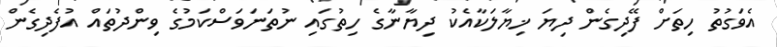
އެވަގުތު ހިތަށް ފޭދިގެން ދިޔަ ޚިޔާލަކާއެކު ދިޔާނާގެ ހިތުގައި ނުތަނަވަސްކަމުގެ ވިންދުތައް އުފެދިގެން